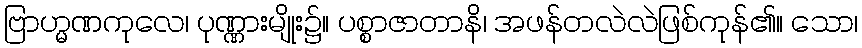
ဗြာဟ္မဏကုလေ၊ ပုဏ္ဏားမျိုး၌။ ပစ္စာဇာတာနိ၊ အဖန်တလဲလဲဖြစ်ကုန်၏။ သော၊